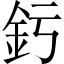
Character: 釫